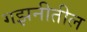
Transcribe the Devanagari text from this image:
गझनीतील